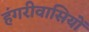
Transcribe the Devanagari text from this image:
हंगरीवासियों